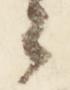
々